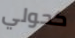
كحولي